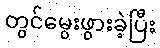
တွင်မွေးဖွားခဲ့ပြီး